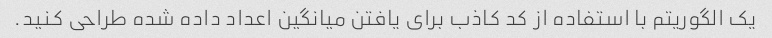
یک الگوریتم با استفاده از کد کاذب برای یافتن میانگین اعداد داده شده طراحی کنید.